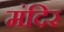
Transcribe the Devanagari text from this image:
मंदिर